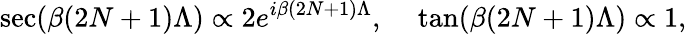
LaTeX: \sec(\beta(2N+1)\Lambda)\propto 2e^{i\beta(2N+1)\Lambda},\ \ \ \ \tan(\beta(2N+1)\Lambda)\propto 1,